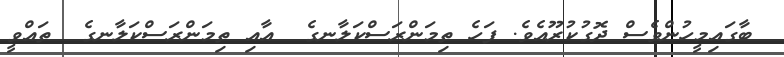
ބާގައިމީހުންވެސް ދޮގުކުރޫއެވެ. ފަހެ ތިމަންރަސްކަލާނގެ  އާއި ތިމަންރަސްކަލާނގެ  ތައްވީ